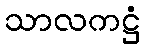
သာလကဋ္ဌံ